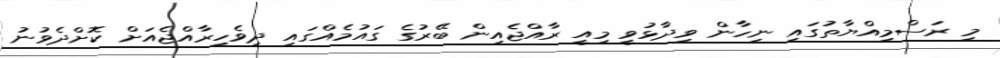
މި ރަސްމިއްޔާތުގައި ނިހާން ވިދާޅުވީ މިއީ ރާއްޖެއިން ބޭރުގެ ގައުމެއްގައި ދިވެހިރާއްޖެއަށް ކޮށްދެވުނު